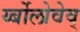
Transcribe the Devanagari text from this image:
र्य्बोलोवेव्